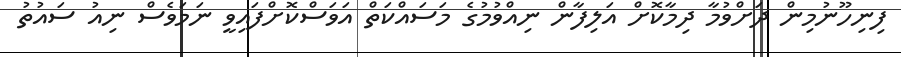
ފިނިހޫނުމިން ދަށްވުމާ ދިމާކޮށް އަލިފާން ނިއްވުމުގެ މަސައްކަތް އަވަސްކޮށްފައިވީ ނަމަވެސް ނިއު ސައުތު